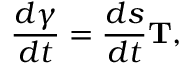
{ \frac { d { \boldsymbol { \gamma } } } { d t } } = { \frac { d s } { d t } } \mathbf { T } ,